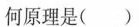
原理是（）